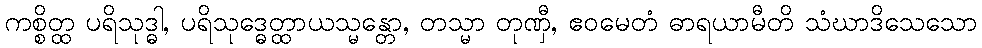
ကစ္စိတ္ထ ပရိသုဒ္ဓါ, ပရိသုဒ္ဓေတ္ထာယသ္မန္တော, တသ္မာ တုဏှီ, ဧဝမေတံ ဓာရယာမီတိ သံဃာဒိသေသော